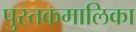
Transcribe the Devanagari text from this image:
पुस्तकमालिका